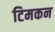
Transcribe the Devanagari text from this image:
टिमकन